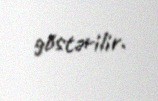
göstərilir.